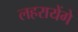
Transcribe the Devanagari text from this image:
लहरायेंगे